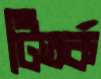
টিতর্ক